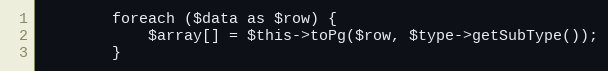
Language: PHP
        foreach ($data as $row) {
            $array[] = $this->toPg($row, $type->getSubType());
        }